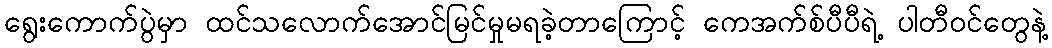
ရွေးကောက်ပွဲမှာ ထင်သလောက်အောင်မြင်မှုမရခဲ့တာကြောင့် ကေအက်စ်ပီပီရဲ့ ပါတီဝင်တွေနဲ့